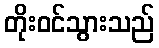
တိုးဝင်သွားသည်